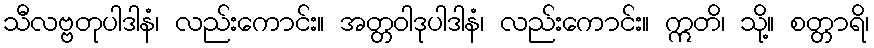
သီလဗ္ဗတုပါဒါနံ၊ လည်းကောင်း။ အတ္တဝါဒုပါဒါနံ၊ လည်းကောင်း။ ဣတိ၊ သို့။ စတ္တာရိ၊